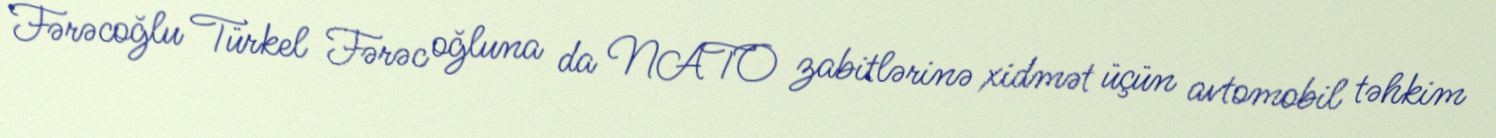
Fərəcoğlu Türkel Fərəc oğluna da NATO zabitlərinə xidmət üçün avtomobil təhkim